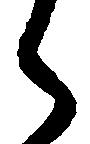
ら